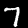
Digit: 7